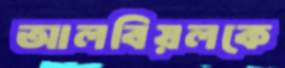
আলবিয়লকে